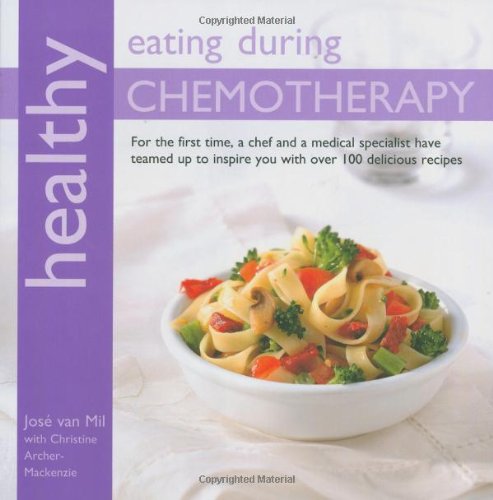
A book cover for Healthy Eating During Chemotherapy; Jose van Mil; Cookbooks, Food & Wine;